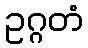
ဥဂ္ဂတံ